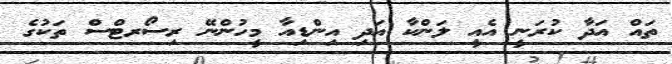
ތައް އަދާ ކުރަނީ އެއީ ލަންކާ އަދި އިންޑިއާ މީހުންނޭ ރިސޯރޓްސް ތަކުގެ